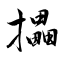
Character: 攂